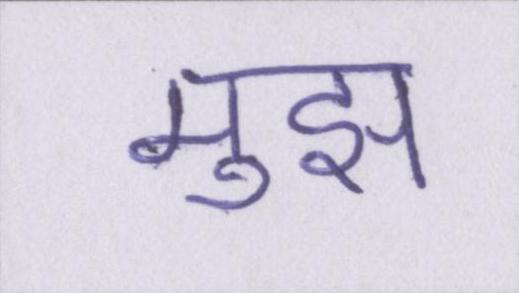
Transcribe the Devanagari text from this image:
मुझ